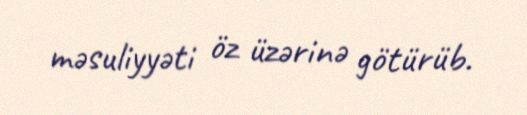
məsuliyyəti öz üzərinə götürüb.